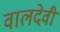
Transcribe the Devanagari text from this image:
वालदेवी